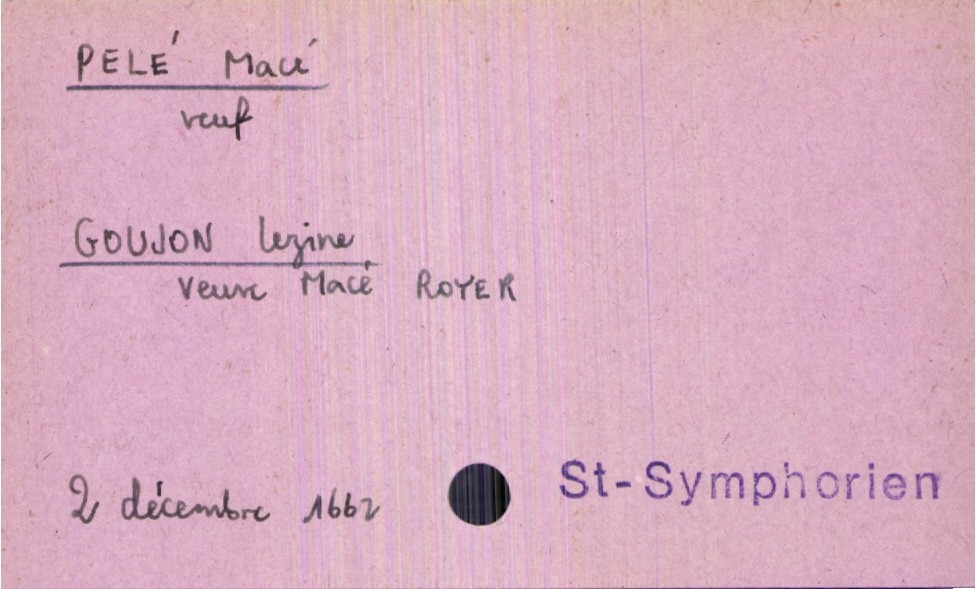
type_acte: Mariage
année: 1662
mois: décembre
jour: 2
paroisse: Saint-Symphorien
marié_nom: Pelé
marié_prénom: Macé
marié_statut: veuf
mariée_nom: Goujon
mariée_prénom: Lezine
mariée_statut: veuve